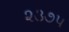
૨૩૭૫